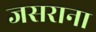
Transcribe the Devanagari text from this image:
जसराना